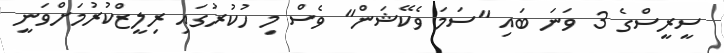
ސީރީސްގެ 3 ވަނަ ބައި "ސަމަ ވެކޭޝަން" ވެސް މި ހުކުރުގައި ރިލީޒްކުރުމަށްވަނީ